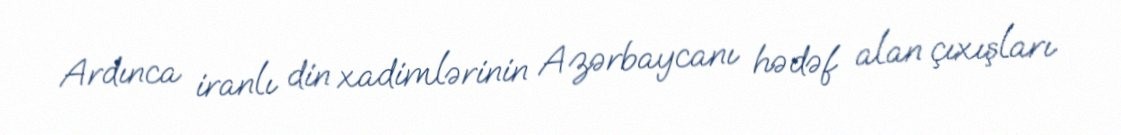
Ardınca iranlı din xadimlərinin Azərbaycanı hədəf alan çıxışları